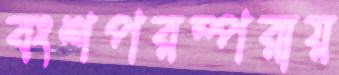
বংশপরম্পরায়